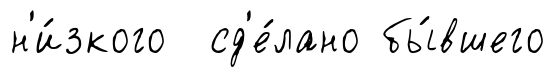
н'и́зкого сд'е́лано бы́вшего